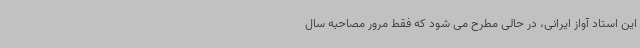
این استاد آواز ایرانی، در حالی مطرح می شود که فقط مرور مصاحبه سال